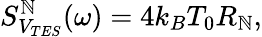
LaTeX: S_{V_{TES}}^{\mathbb{N}}(\omega)=4k_{B}T_{0}R_{\mathbb{N}},